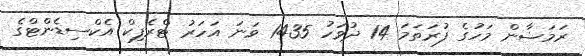
ރަމަޟާން މަހުގެ ފުރަތަމަ 14 ދުވަހު 1435 ވަނަ އަހަރު ޓްރެފިކް އެކްސިޑެންޓްގެ